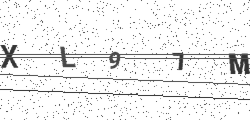
Text: XL97M